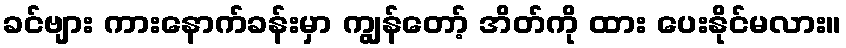
ခင်ဗျား ကားနောက်ခန်းမှာ ကျွန်တော့် အိတ်ကို ထား ပေးနိုင်မလား။